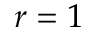
r = 1